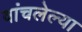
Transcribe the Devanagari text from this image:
वांचलेल्या